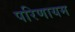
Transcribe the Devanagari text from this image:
परिणायम